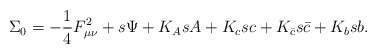
\begin{align*}\Sigma_0=-{1\over 4}F_{\mu\nu}^2+s\Psi+K_AsA+K_c sc+K_{\bar c}s \bar c+K_bsb.\end{align*}